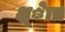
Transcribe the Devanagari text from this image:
क्ष्ेात्र